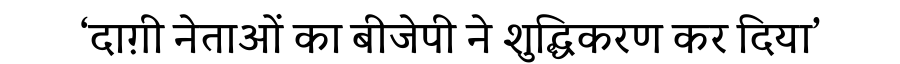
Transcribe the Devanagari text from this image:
‘दाग़ी नेताओं का बीजेपी ने शुद्धिकरण कर दिया’